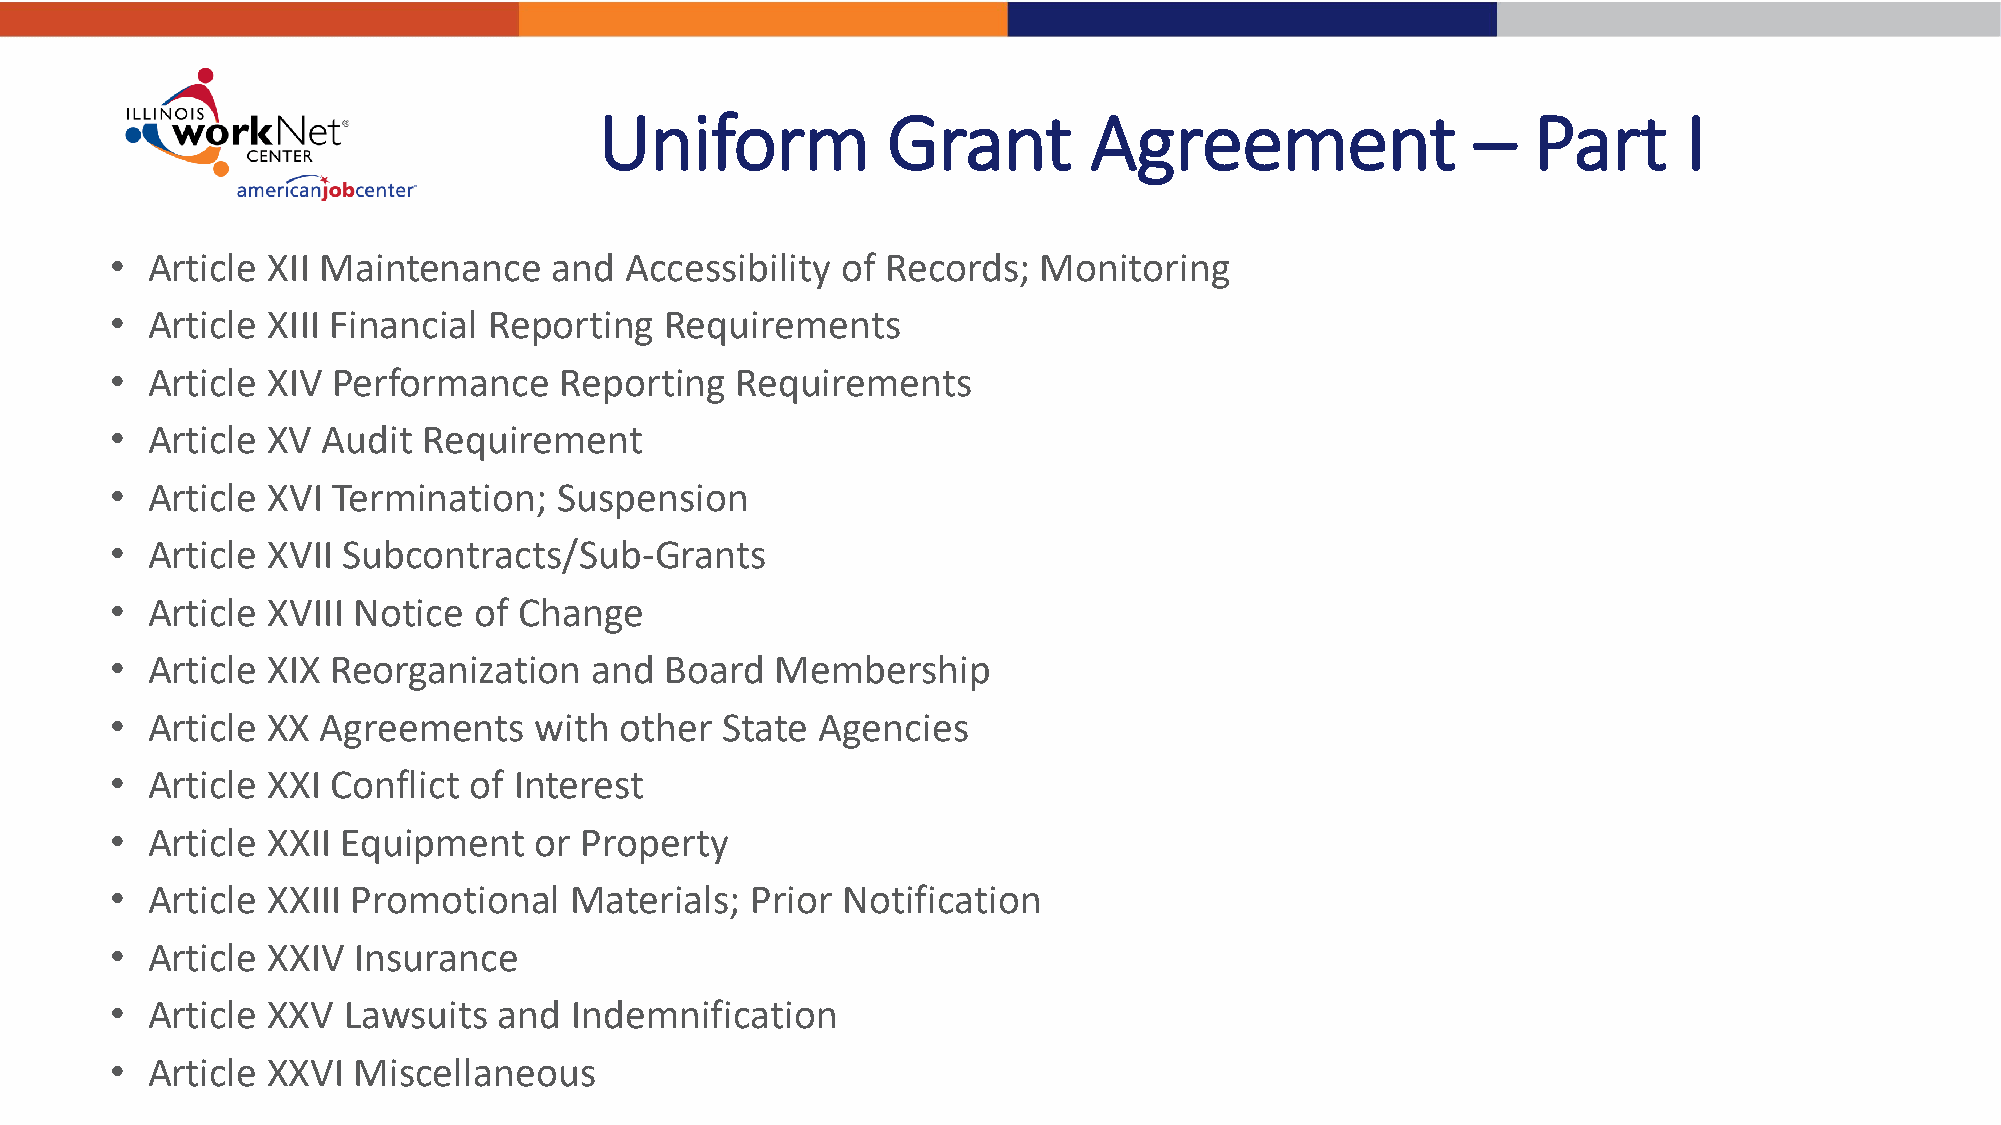
Uniform            Grant        Agreement                 –  Part       I
 •  Article XII Maintenance    and Accessibility  of Records;  Monitoring
 •  Article XIII Financial Reporting  Requirements
 •  Article XIV Performance    Reporting   Requirements
 •  Article XV Audit  Requirement
 •  Article XVI Termination;   Suspension
 •  Article XVII Subcontracts/Sub-Grants
 •  Article XVIII Notice of Change
 •  Article XIX Reorganization   and  Board  Membership
 •  Article XX Agreements    with  other  State Agencies
 •  Article XXI Conflict of Interest
 •  Article XXII Equipment   or Property
 •  Article XXIII Promotional   Materials;  Prior Notification
 •  Article XXIV Insurance
 •  Article XXV  Lawsuits  and  Indemnification
 •  Article XXVI Miscellaneous